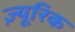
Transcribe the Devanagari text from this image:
ज़्यूरिक